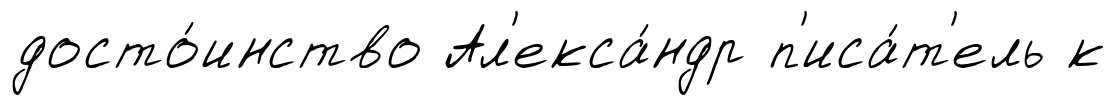
досто́инство Ал'екса́ндр п'иса́т'ель к